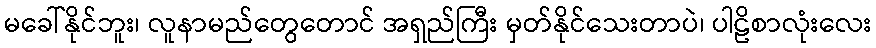
မခေါ်နိုင်ဘူး၊ လူနာမည်တွေတောင် အရှည်ကြီး မှတ်နိုင်သေးတာပဲ၊ ပါဠိစာလုံးလေး